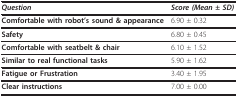
| Question | Score (Mean ± SD) |
 | --- | --- |
 | Comfortable with robot's sound & appearance | 6.90 ± 0.32 |
 | Safety | 6.80 ± 0.45 |
 | Comfortable with seatbelt & chair | 6.10 ± 1.52 |
 | Similar to real functional tasks | 5.90 ± 1.62 |
 | Fatigue or Frustration | 3.40 ± 1.95 |
 | Clear instructions | 7.00 ± 0.00 |